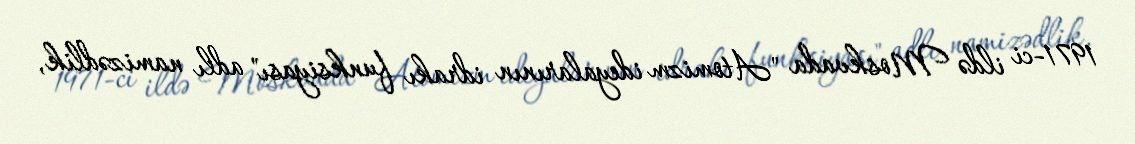
1971-ci ildə Moskvada "Atomizm ideyalarının idrakı funksiyası" adlı namizədlik,